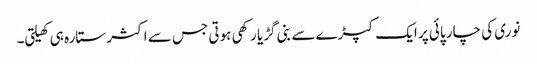
نوری کی چار پائی پر ایک کپڑے سے بنی گڑیا رکھی ہوتی جس سے اکثر ستارہ ہی کھیلتی۔